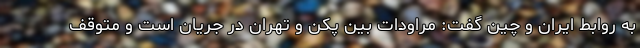
به روابط ایران و چین گفت: مراودات بین پکن و تهران در جریان است و متوقف